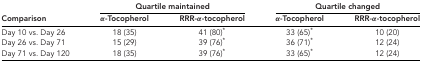
<table><thead><tr><td></td><td colspan="2"><b>Quartile maintained</b></td><td colspan="2"><b>Quartile changed</b></td></tr><tr><td><b>Comparison</b></td><td><b>α-Tocopherol</b></td><td><b>RRR-α-tocopherol</b></td><td><b>α-Tocopherol</b></td><td><b>RRR-α-tocopherol</b></td></tr></thead><tbody><tr><td>Day 10 vs. Day 26</td><td>18 (35)</td><td>41 (80)<sup>*</sup></td><td>33 (65)<sup>*</sup></td><td>10 (20)</td></tr><tr><td>Day 26 vs. Day 71</td><td>15 (29)</td><td>39 (76)<sup>*</sup></td><td>36 (71)<sup>*</sup></td><td>12 (24)</td></tr><tr><td>Day 71 vs. Day 120</td><td>18 (35)</td><td>39 (76)<sup>*</sup></td><td>33 (65)<sup>*</sup></td><td>12 (24)</td></tr></tbody></table>